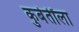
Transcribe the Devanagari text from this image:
कुबेर्तींला